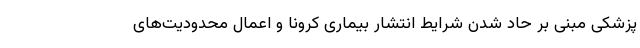
پزشکی مبنی بر حاد شدن شرایط انتشار بیماری کرونا و اعمال محدودیت‌های